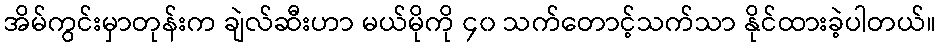
အိမ်ကွင်းမှာတုန်းက ချဲလ်ဆီးဟာ မယ်မိုကို ၄၀ သက်တောင့်သက်သာ နိုင်ထားခဲ့ပါတယ်။